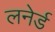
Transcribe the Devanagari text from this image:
लनेर्ड